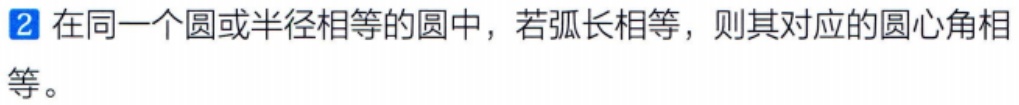
在同一个圆或半径相等的圆中，若弧长相等，则其对应的圆心角相等。